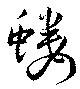
螻